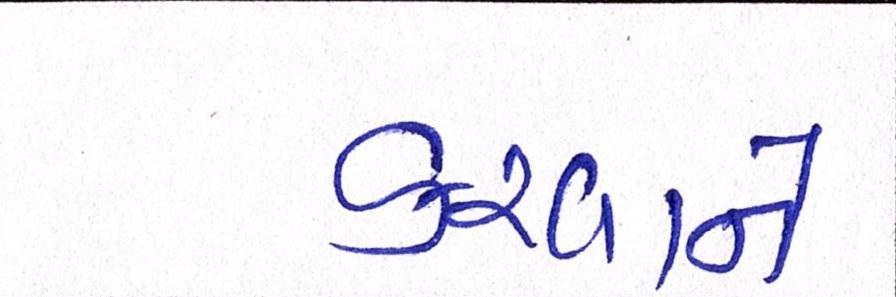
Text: કરવાને